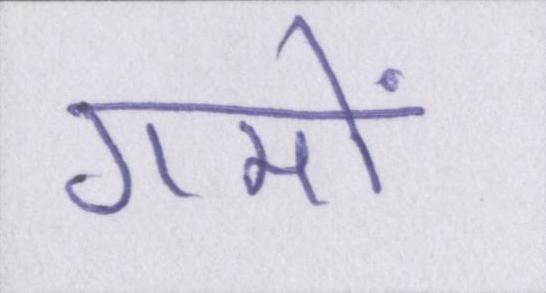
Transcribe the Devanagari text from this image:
गमों